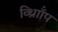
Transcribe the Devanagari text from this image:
व्थ्राॉिंप